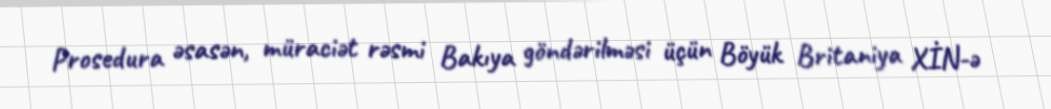
Prosedura əsasən, müraciət rəsmi Bakıya göndərilməsi üçün Böyük Britaniya XİN-ə